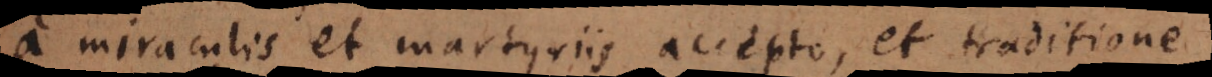
a miraculis et martyriis accepto, et traditione